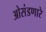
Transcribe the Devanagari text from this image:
ओसंडणारे